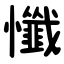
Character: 懺